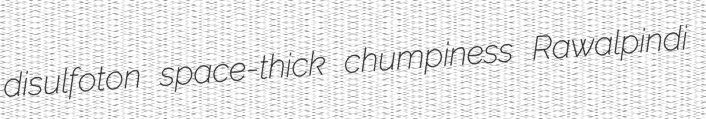
disulfoton space-thick chumpiness Rawalpindi